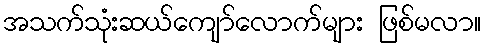
အသက်သုံးဆယ်ကျော်လောက်များ ဖြစ်မလာ။